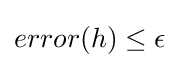
error(h)\leq \epsilon